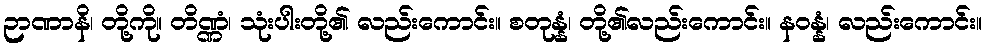
ဉာဏာနိ၊ တို့ကို။ တိဏ္ဏံ၊ သုံးပါးတို့၏ လည်းကောင်း။ စတုန္နံ၊ တို့၏လည်းကောင်း။ နဝန္နံ၊ လည်းကောင်း။